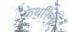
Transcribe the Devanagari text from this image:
केथरिन